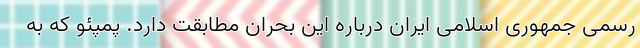
رسمی جمهوری اسلامی ایران درباره این بحران مطابقت دارد. پمپئو که به